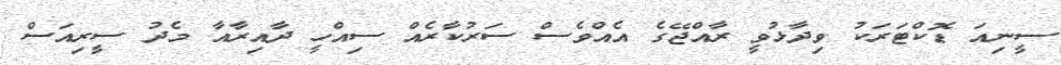
ސީނިއަ ޑޮކްޓަރަކު ވިދާޅުވީ ރާއްޖޭގެ އެއްވެސް ސަރުކާރެއް ސިއްހީ ދާއިރާއާ މެދު ސީރިއަސް